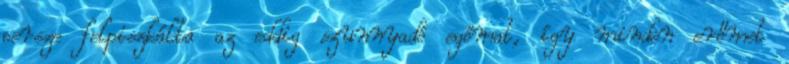
persze felpiszkálta az eddig szunnyadó egómat, így minden erőmet